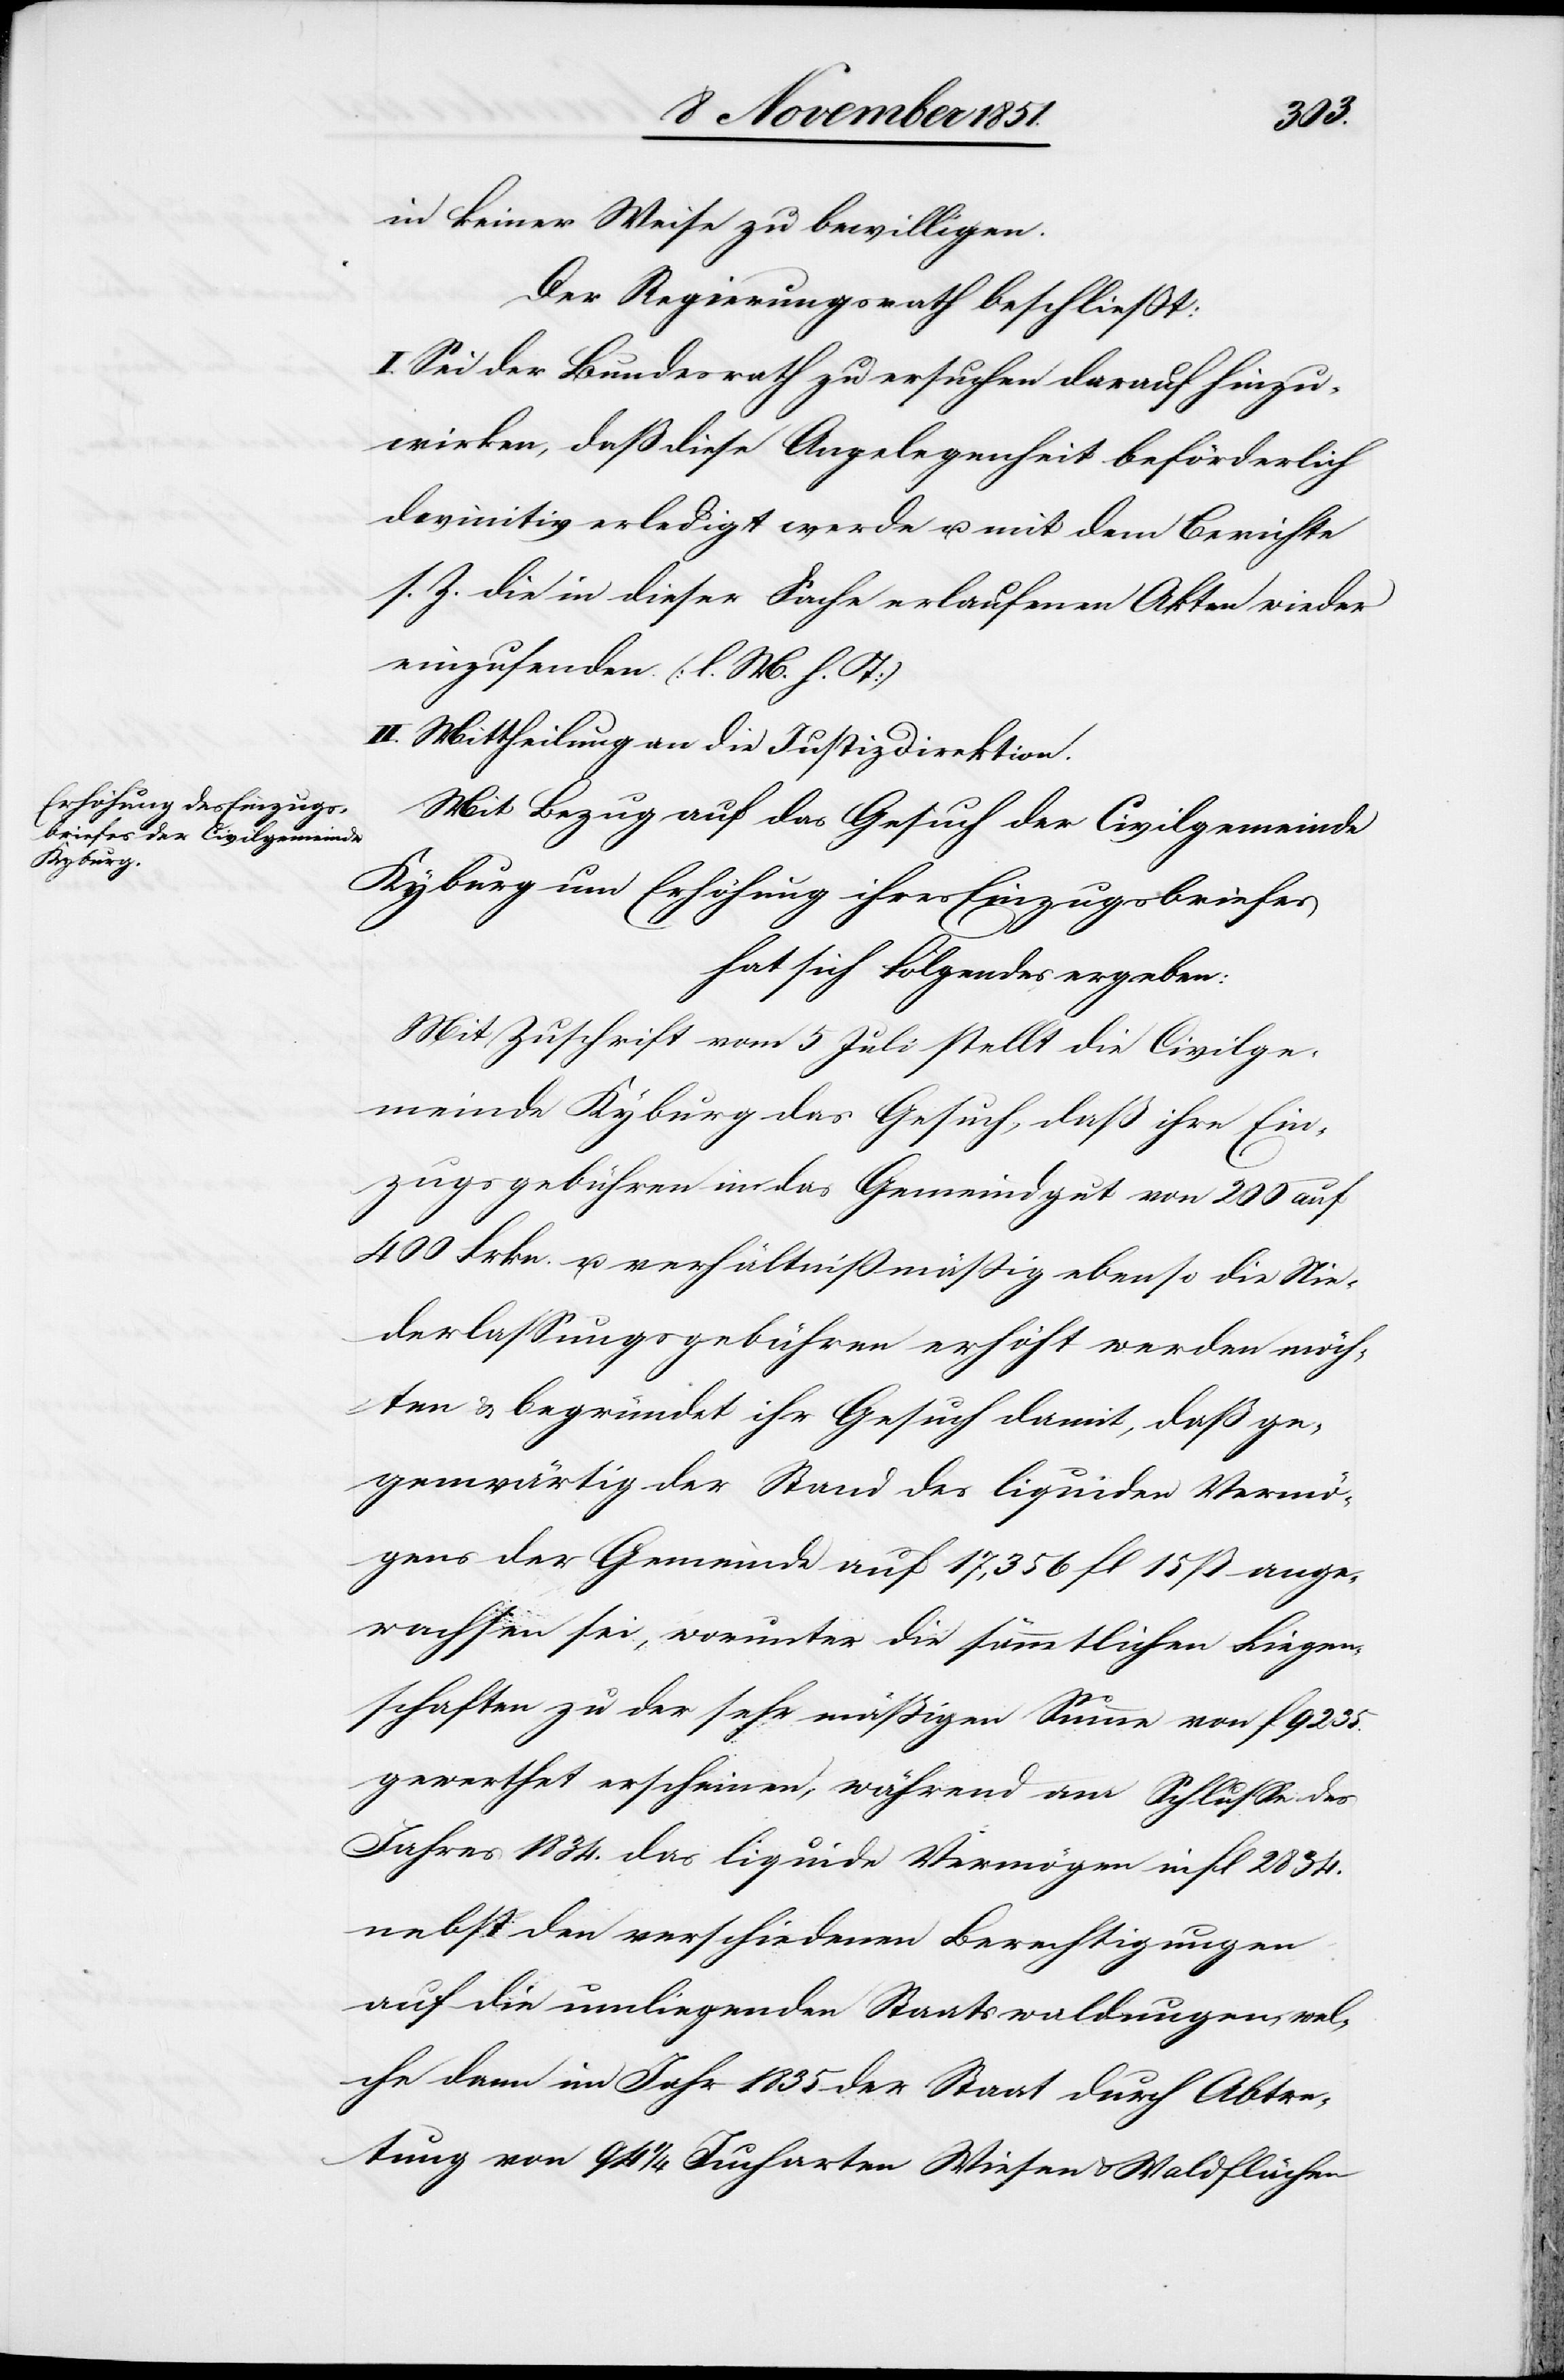
in keiner Weise zu bewilligen.[“]
Der Regierungsrath beschließt:
I. Sei der Bundesrath zu ersuchen darauf hinzu¬
wirken, daß diese Angelegenheit beförderlich
s. Z. die in dieser Sache erlaufenen Akten wieder
einzusenden. (l. M. h. T)
II. Mittheilung an die Justizdirektion.
Mit Bezug auf das Gesuch der Civilgemeinde
Kyburg um Erhöhung ihres Einzugsbriefes
hat sich Folgendes ergeben:
Mit Zuschrift vom 5 Juli stellt die Civilge¬
meinde Kyburg das Gesuch, daß ihre Ein¬
zugsgebühren in das Gemeindgut von 200 auf
400 Frkn. u. verhältnißmäßig ebenso die Nie¬
derlassungsgebühren erhöht werden möch¬
ten & begründet ihr Gesuch damit, daß ge¬
genwärtig der Stand des liquiden Vermö¬
gens der Gemeinde auf 17,356 fl 15 ß ange¬
wachsen sei, worunter die sämmtlichen Liegen¬
schaften zu der sehr mäßigen Summe von fl 9235.
gewerthet erscheinen, während am Schlusse des
Jahres 1834. das liquide Vermögen in fl 2834.
nebst den verschiedenen Berechtigungen
auf die umliegenden Staatswaldungen, wel¬
che dann im Jahr 1835 der Staat durch Abtre¬
tung von 94 1/4 Jucharten Wiesen & Waldflächen